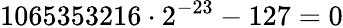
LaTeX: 1065353216\cdot 2^{-23}-127=0